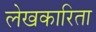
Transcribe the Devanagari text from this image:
लेखकारिता